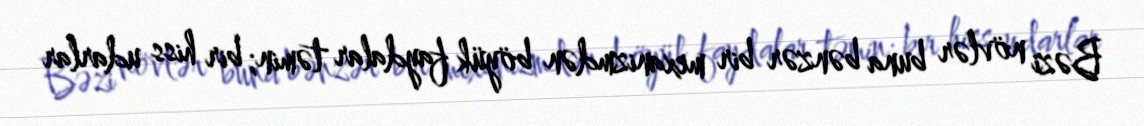
Bəzi növlər buna bənzər bir mexanizmdən böyük faydalar təmin; bir hiss udarlar